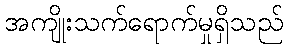
အကျိုးသက်ရောက်မှုရှိသည်